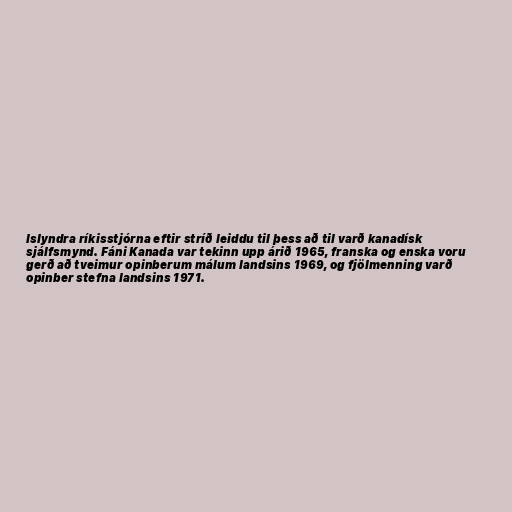
lslyndra ríkisstjórna eftir stríð leiddu til þess að til varð kanadísk
sjálfsmynd. Fáni Kanada var tekinn upp árið 1965, franska og enska voru
gerð að tveimur opinberum málum landsins 1969, og fjölmenning varð
opinber stefna landsins 1971.